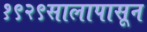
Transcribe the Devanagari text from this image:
१९२९सालापासून